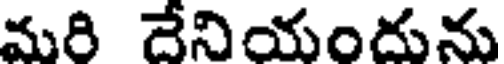
మరి దేనియందును